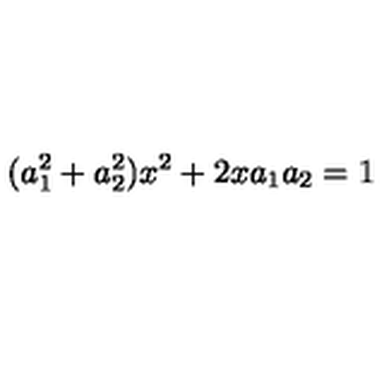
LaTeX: ( a _ { 1 } ^ { 2 } + a _ { 2 } ^ { 2 } ) x ^ { 2 } + 2 x a _ { 1 } a _ { 2 } = 1